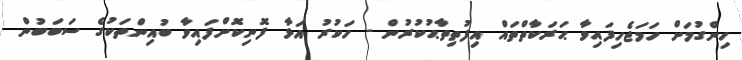
ހިންގުމަށް ހަމަޖެހިފައިވާ ޙަރަކާތްތައް އިފުތިތާޙުކުރުން - ހަކުރު އަޅާ ފޮނިކޮށްފައިވާ ބުއިންތަކުގެ ސަބަބުން